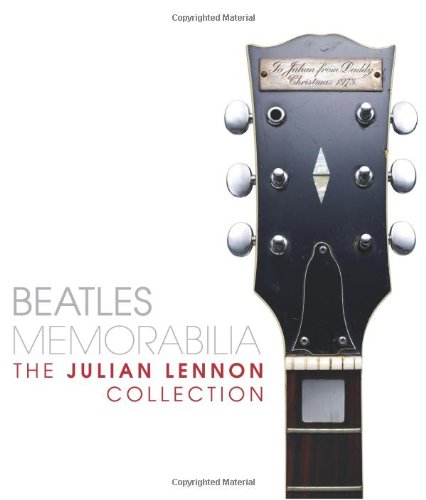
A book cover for Beatles Memorabilia: The Julian Lennon Collection; Brian Southall; Crafts, Hobbies & Home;